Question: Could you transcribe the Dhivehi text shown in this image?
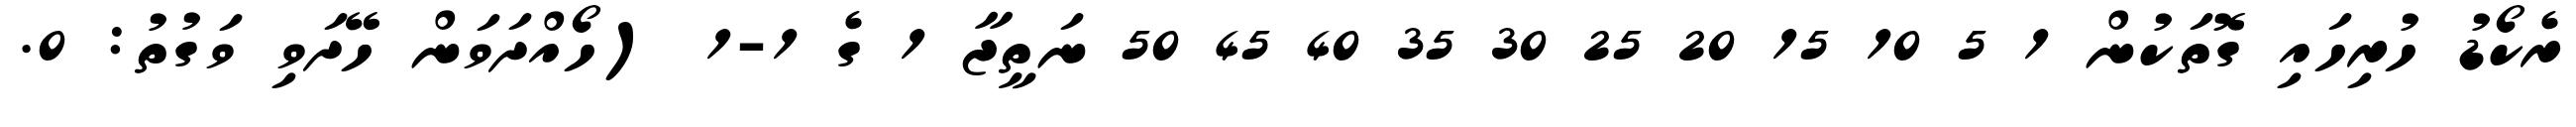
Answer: ރެކޯޑު ހުރިހައި ގޮތަކުން 1 5 10 15 20 25 30 35 40 45 50 ނަތީޖާ 1 ގެ 1-1 (ހޯއްދަވަން ހޭދަވި ވަގުތު: 0.